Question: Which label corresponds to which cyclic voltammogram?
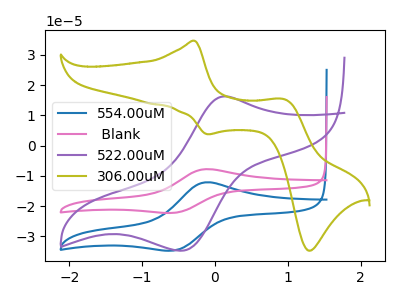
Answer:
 <answer>The blue curve is labeled "554.00uM". The pink curve is labeled " Blank". The purple curve is labeled "522.00uM". The olive curve is labeled "306.00uM".</answer>
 <eval></eval>